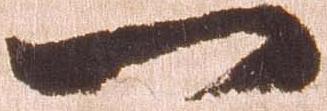
一